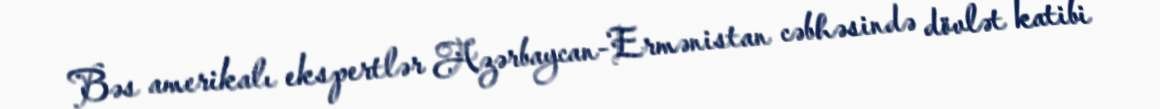
Bəs amerikalı ekspertlər Azərbaycan-Ermənistan cəbhəsində dövlət katibi